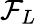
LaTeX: \mathcal{F}_{L}